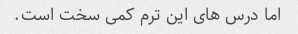
اما درس های این ترم کمی سخت است.